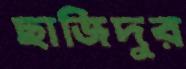
ছাজিদুর